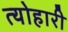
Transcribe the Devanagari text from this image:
त्योहारी